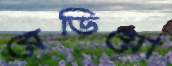
রেডিয়ো